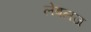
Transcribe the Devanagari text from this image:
लेबलज